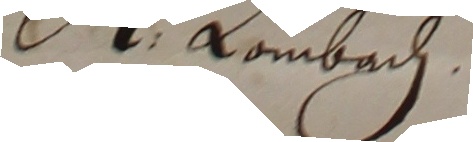
M. Lbe